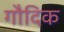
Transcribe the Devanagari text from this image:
गौदिक